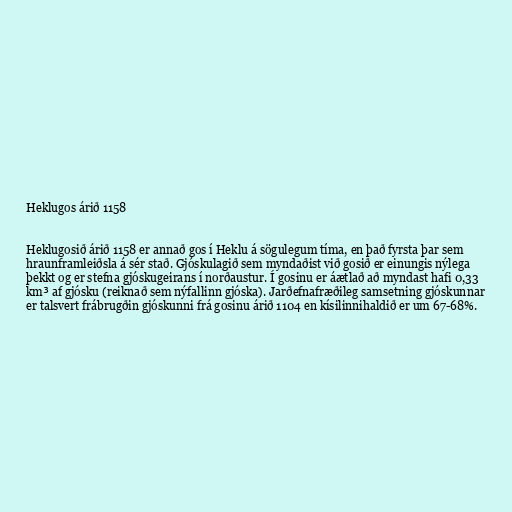
Heklugos árið 1158

Heklugosið árið 1158 er annað gos í Heklu á sögulegum tíma, en það fyrsta þar sem
hraunframleiðsla á sér stað. Gjóskulagið sem myndaðist við gosið er einungis nýlega
þekkt og er stefna gjóskugeirans í norðaustur. Í gosinu er áætlað að myndast hafi 0,33
km³ af gjósku (reiknað sem nýfallinn gjóska). Jarðefnafræðileg samsetning gjóskunnar
er talsvert frábrugðin gjóskunni frá gosinu árið 1104 en kísilinnihaldið er um 67-68%.